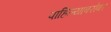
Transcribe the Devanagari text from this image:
पाहिल्याबरोबर